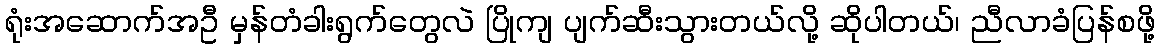
ရုံးအဆောက်အဦ မှန်တံခါးရွက်တွေလဲ ပြိုကျ ပျက်ဆီးသွားတယ်လို့ ဆိုပါတယ်၊ ညီလာခံပြန်စဖို့